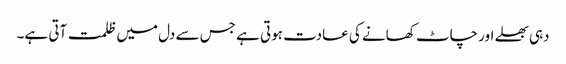
دہی بھلے اور چاٹ کھانے کی عادت ہوتی ہے جس سے دل میں ظلمت آتی ہے۔